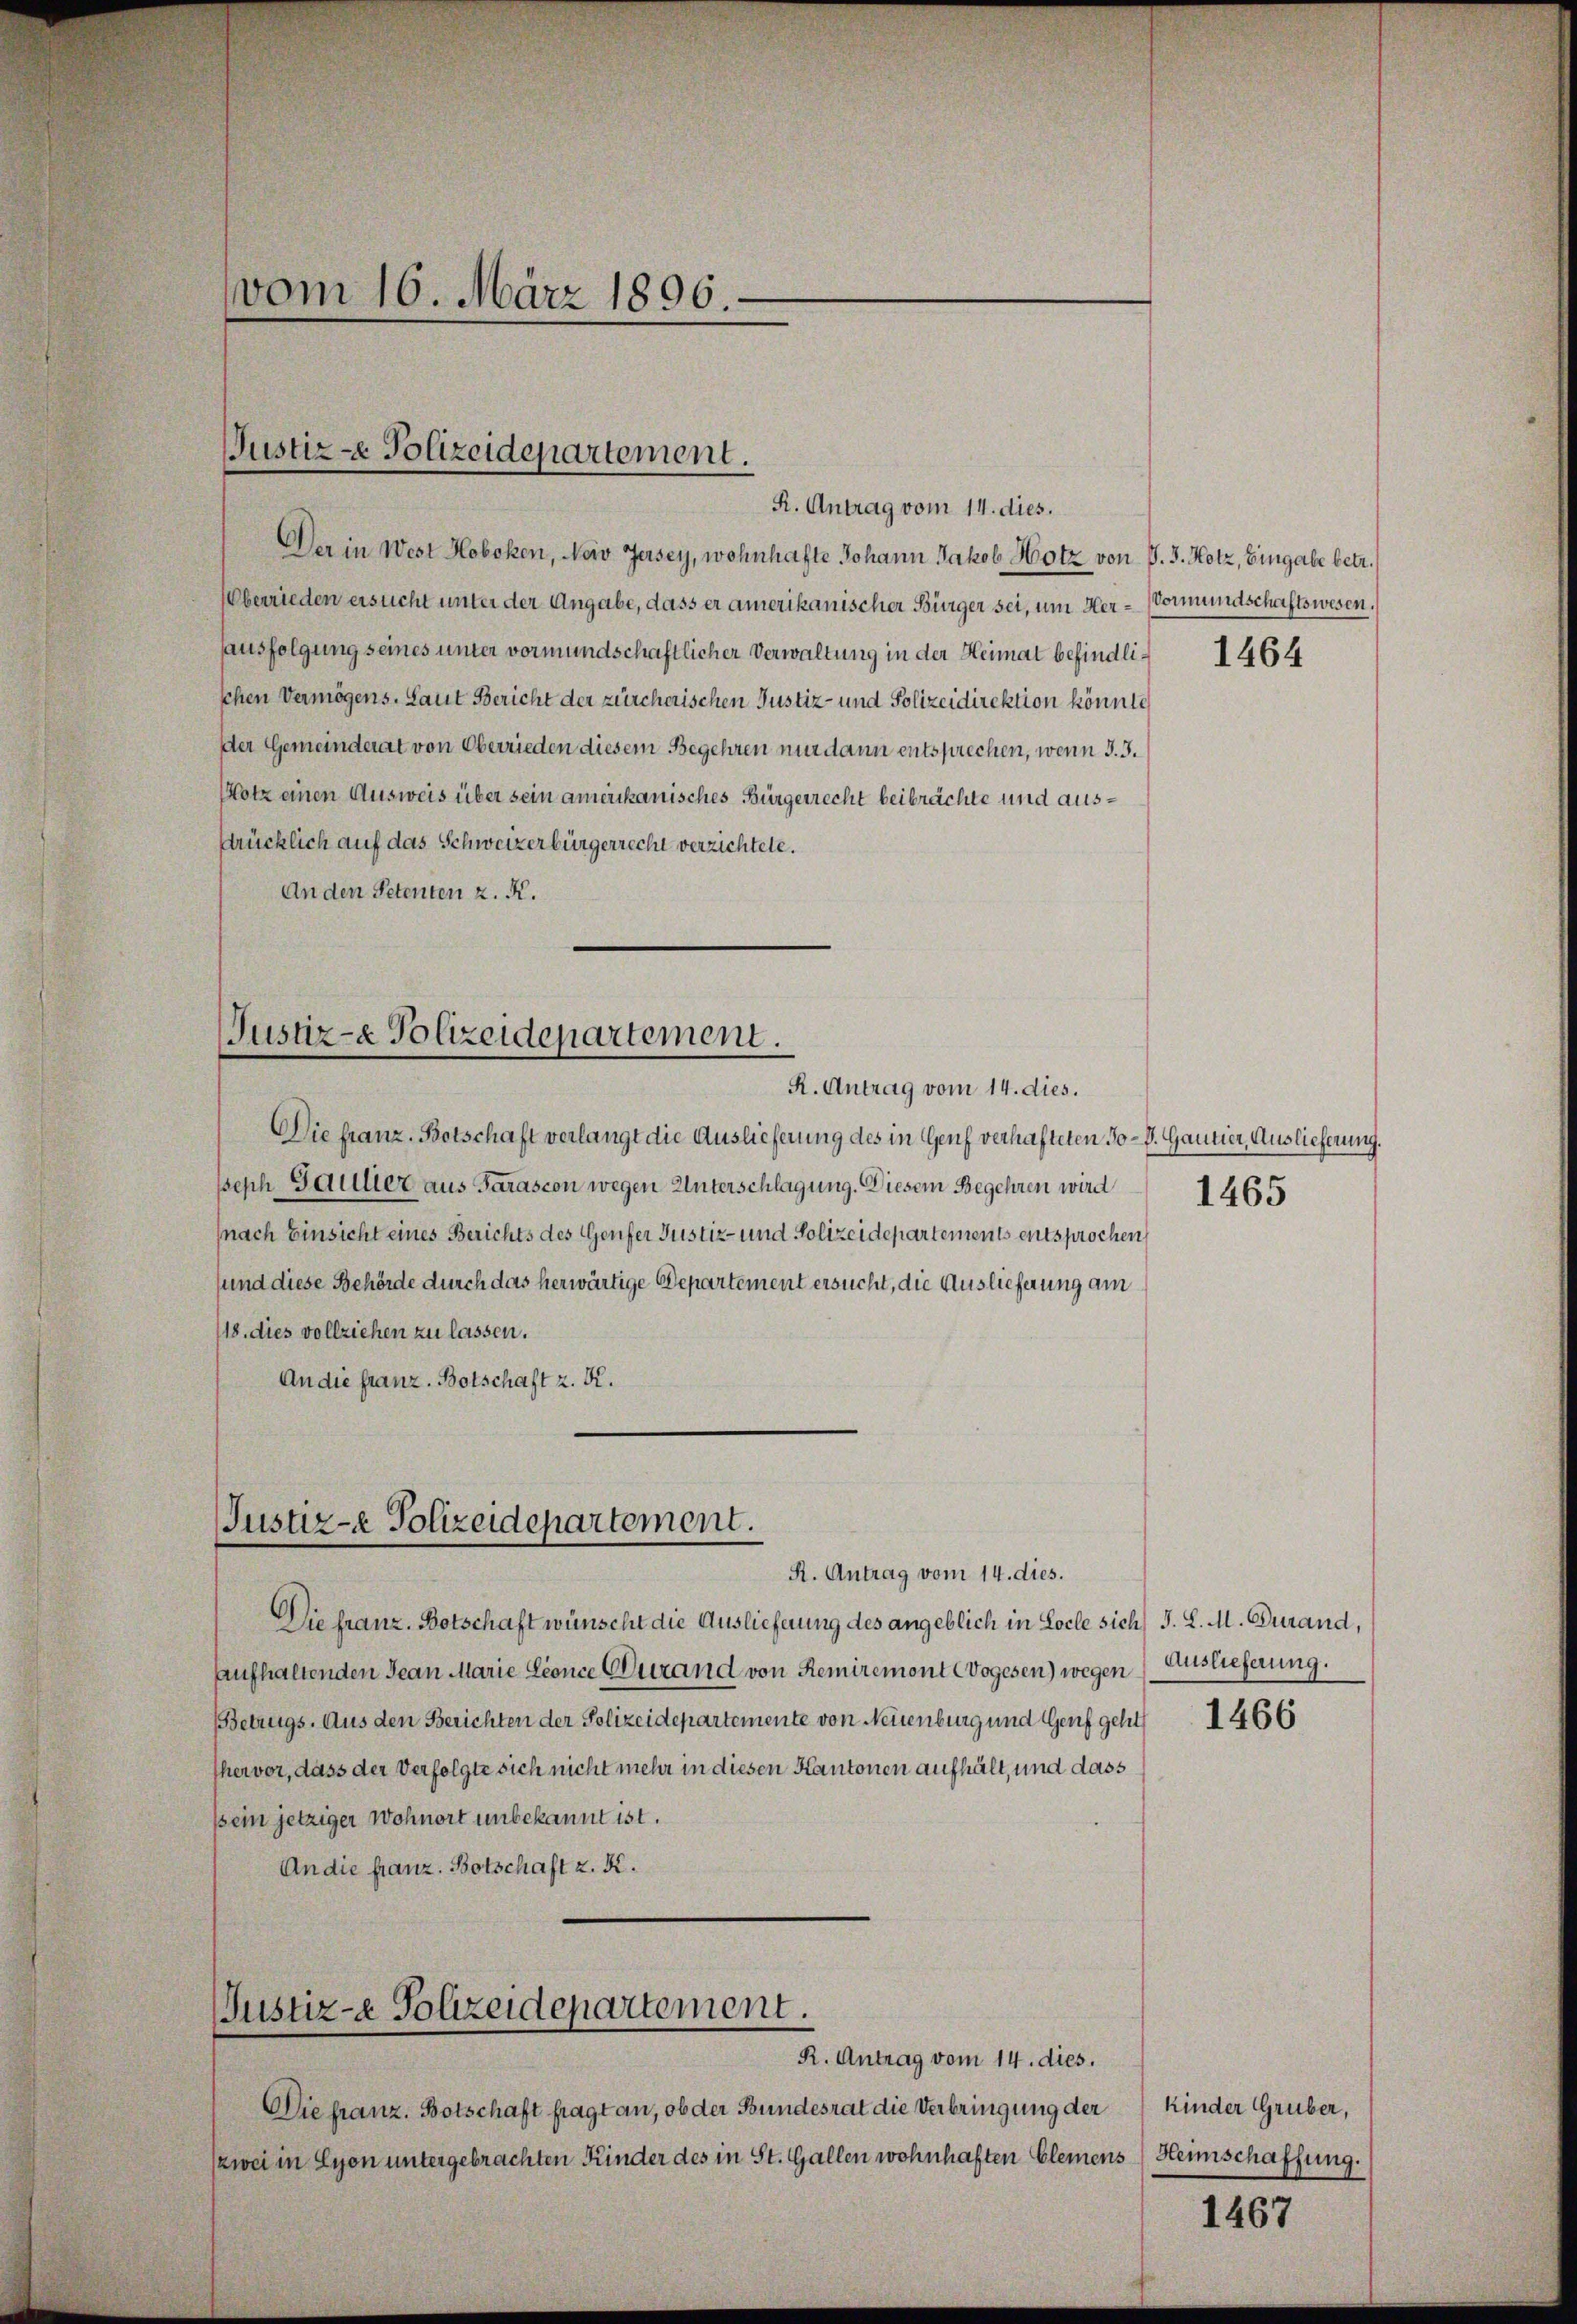
vom 16. März 1896.

Justiz-e Polizeidepartement.
R. Antrag vom 14. dies.

Der in West Hoboken, Noiv Jersey, wohnhafte Johann Jakob Hotz von P. J. Hotz, Eingabe betr.
Oberrieden ersucht unter der Angabe, dass er amerikanischer Bürger sei, um Her-Vormundschaftswesen.
ausfolgung seines unter vormundschaftlicher Verwaltung in der Heimat befindlischen Vermögens. Laut Bericht der zürcherischen Justiz- und Polizeidirektion könnte
Der Gemeinderat von Oberrieden diesem Begehren nur dann entsprechen, wenn d. 3.
Hotz einen Ausweis über sein amerikanisches Bürgerrecht beibrachte und ausstrücklich auf das Schweizerbürgerrecht verzichtete.
An den Petenten z. K.

Justiz- & Polizeidepartement.

Die franz-Protschaft verlangt die Auslieferung des in Genf verhafteten Jo-S. Gautier, Auslieferung.
sseph Gaulier aus Sarasion wegen Unterschlagung. Diesem Begehren wird
(nach Einsicht eines Berichts des Genfer Justiz- und Polizeidepartements entsprochen
und diese Behörde durch das herwärtige Departement ersucht, die Auslieferung am
118. dies vollziehen zu lassen.
An die franz. Botschaft z. B.

R. Antrag vom 14. dies.

Justiz-e Polizeidepartement.

Justiz- Polizeidepartement.
R. Antrag vom 14. dies.

R. Antrag vom 14. dies.

Die franz. Botschaft fragt an, ob der Bundesrat die Verbringung der
szwei in Lyon untergebrachten Kinder des in St. Gallen wohnhaften Elemens

Die franz. Botschaft wünscht die Auslieferung des angeblich in Loche sich J. L. M. Gurand,
aufhaltenden Jean Marie Leonce durand von Remiremont Wogesen) wegen
Betrugs. Aus den Berichten der Polizeidepartemente von Neuenburg und Genf geht
hervor, dass der Verfolgte sich nicht mehr in diesen Kantonen aufhält, und dass
sein jetziger Wohnort unbekannt ist.
An die franz. Botschaft z. K.

1464

1465

Auslieferung.

1466

kinder Gruber,
) Heimschaffung.

1467